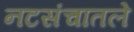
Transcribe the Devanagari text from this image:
नटसंचातले